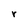
Character: r